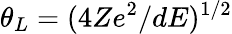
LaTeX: \theta_{L}=(4Ze^{2}/dE)^{1/2}